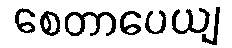
စေတာပေယျ